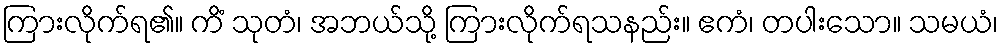
ကြားလိုက်ရ၏။ ကိံ သုတံ၊ အဘယ်သို့ ကြားလိုက်ရသနည်း။ ဧကံ၊ တပါးသော။ သမယံ၊